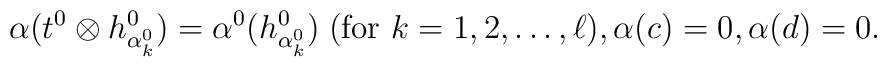
{\alpha}(t^{0} \otimes h_{{\alpha}_{k}^{0}}^{0}) ={\alpha}^{0}(h_{{\alpha}_{k}^{0}}^{0}) \; \mbox{(for $k = 1,2,\ldots ,\ell$)}, {\alpha}(c)   =   0  , {\alpha}(d)  =   0 .